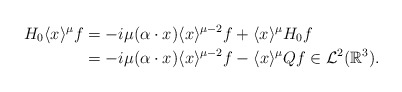
\begin{align*}H_{0} \langle x \rangle^{\mu}f &= -i \mu ( \alpha \cdot x ) \langle x \rangle^{\mu -2}f+ \langle x \rangle^{\mu} H_{0}f \\&= -i \mu ( \alpha \cdot x ) \langle x \rangle^{\mu -2}f - \langle x \rangle^{\mu}Qf\in \mathcal{L}^{2}(\mathbb{R}^{3}). \end{align*}